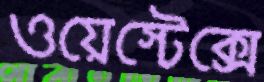
ওয়েস্টেক্সে